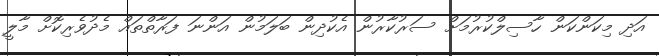
އަދި މިކަންކަން ހާސިލްކުރުމަށް ސަރުކާރުން އެކުދިން ބަލަމުން އަންނަ ފަރާތްތައް މެދުވެރިކޮށް މާލީ